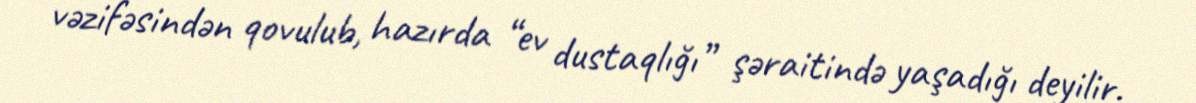
vəzifəsindən qovulub, hazırda “ev dustaqlığı” şəraitində yaşadığı deyilir.